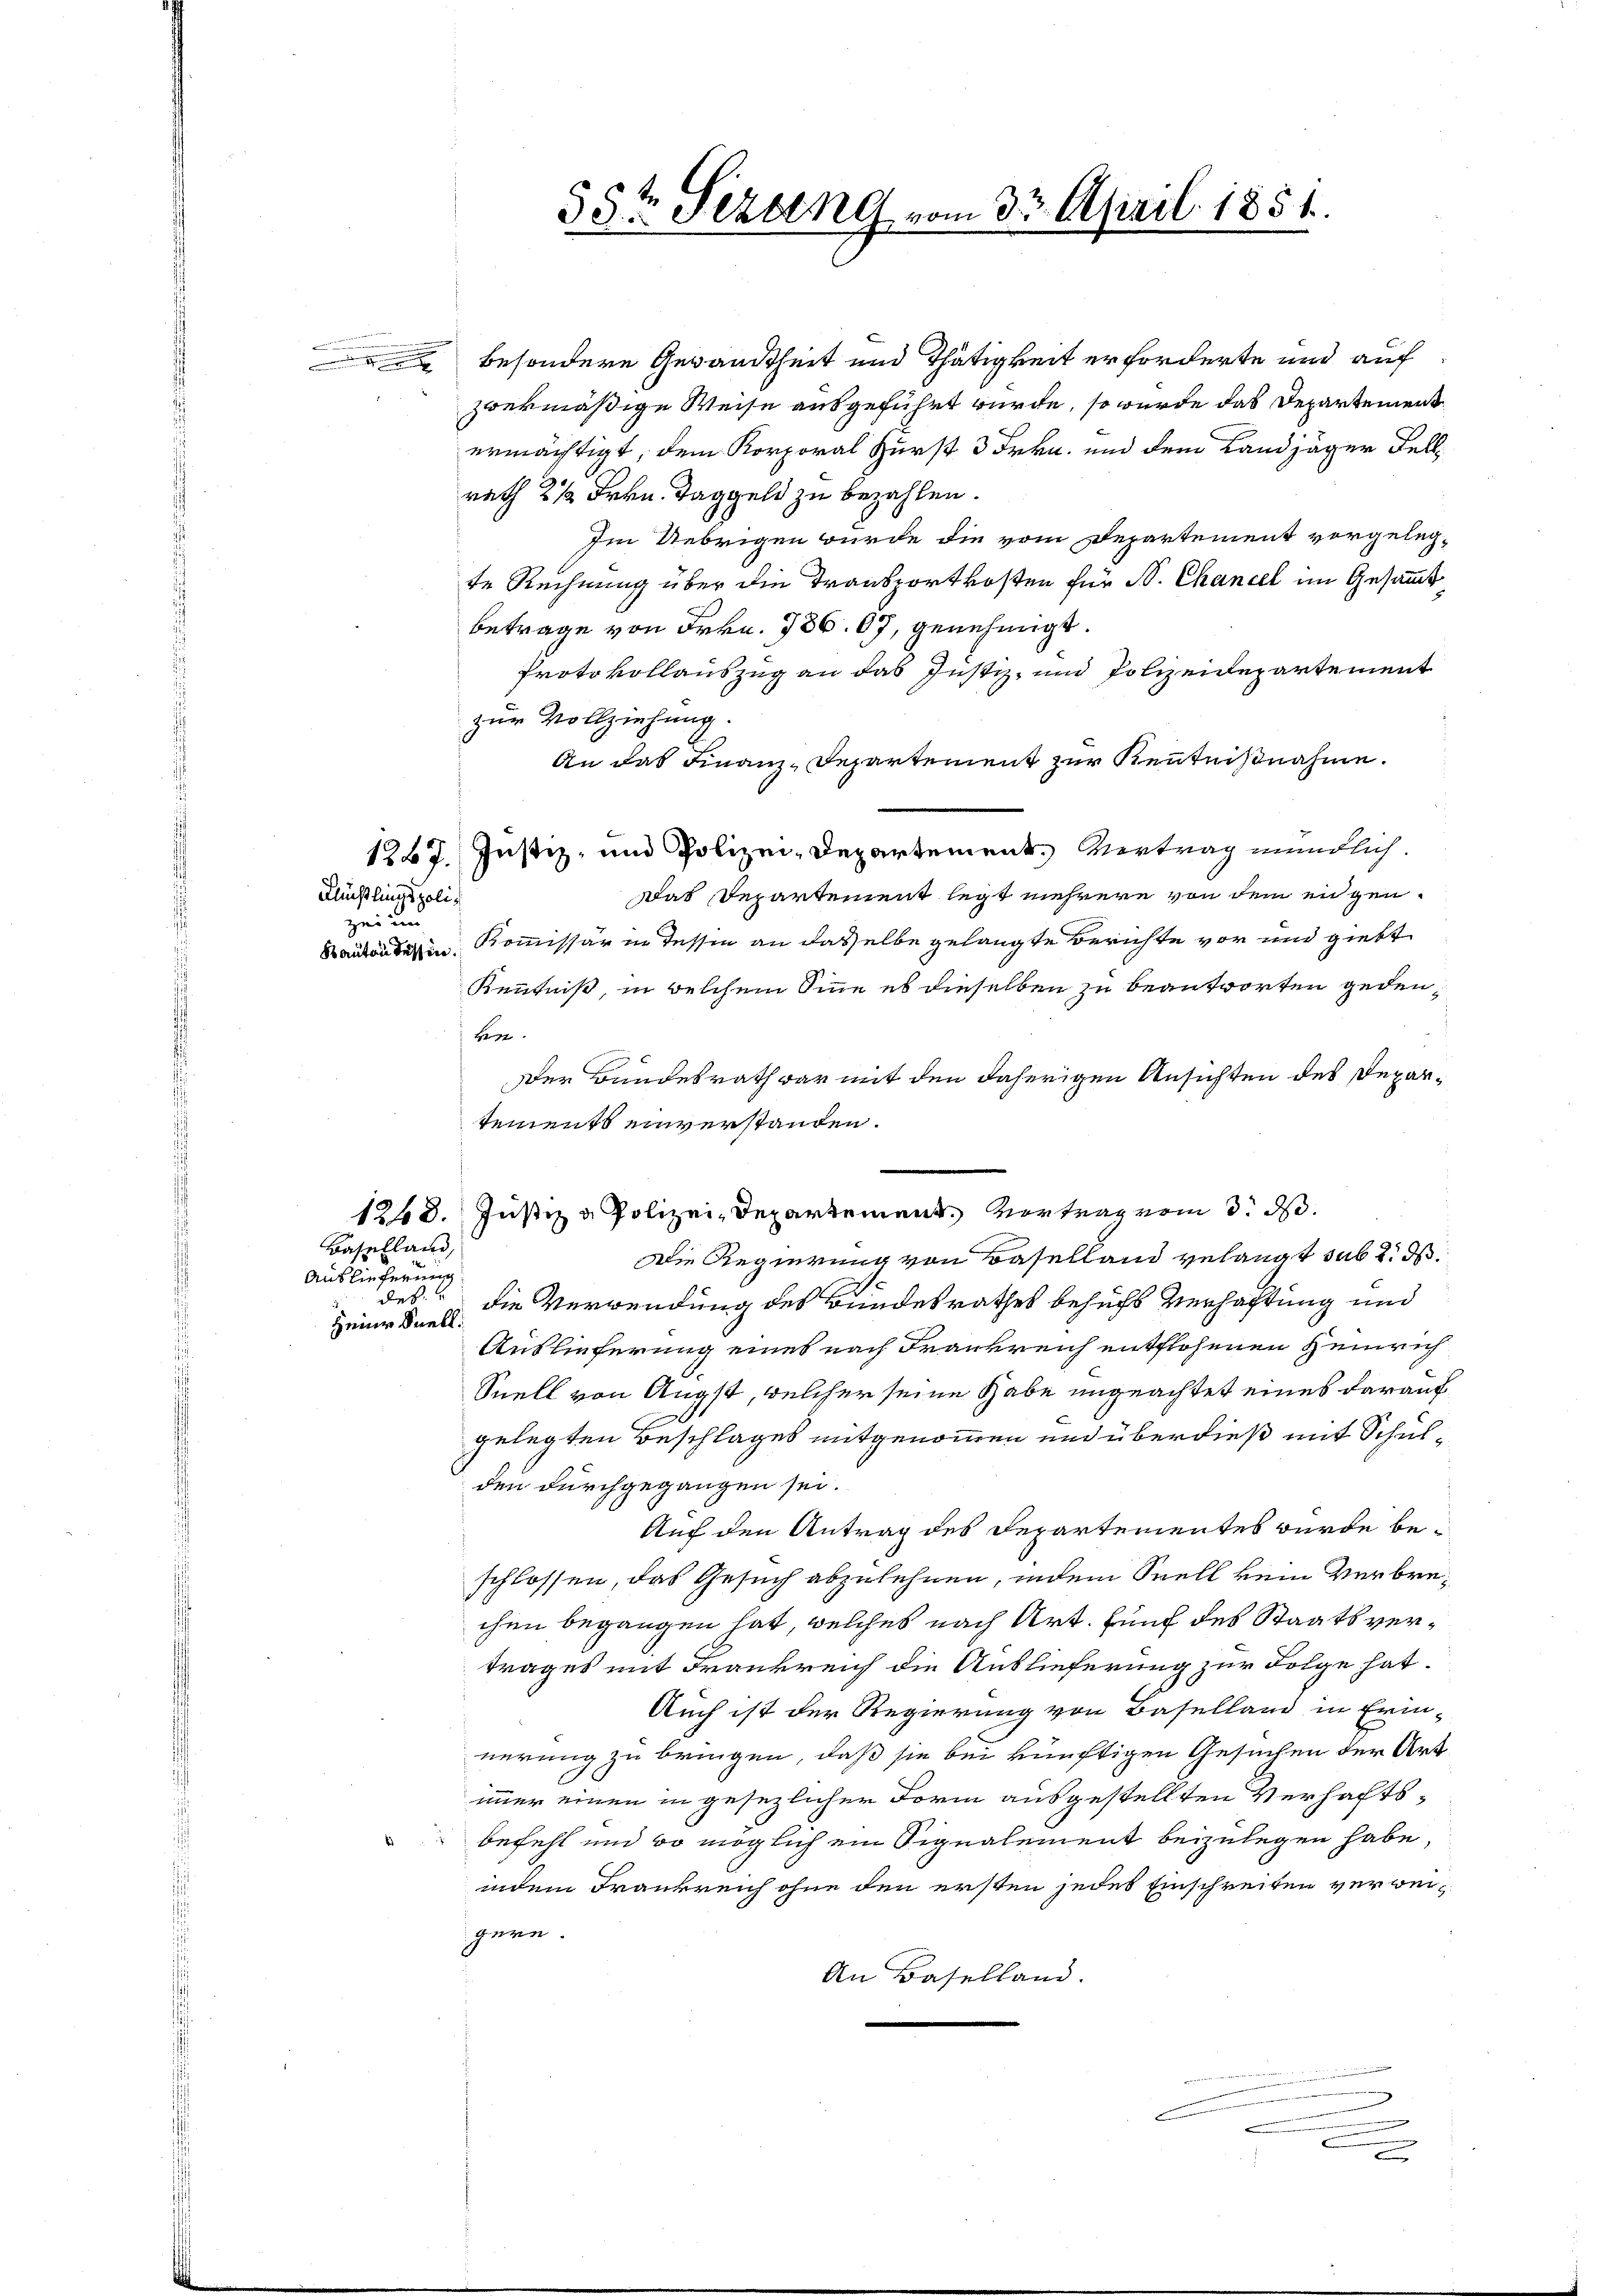
Flüchtlingspolizei un

Baselland,
Auslieferung
Heinr Duell.

besondere Gewandtheit und Thätigkeit erforderte und auf
zwekmäßige Weise ausgeführt wurde, so wurde das Departement
ermächtigt, dem Korporal Zurst 3 Frkn. und dem Landjäger Fell
rach 2 1/2 Frkn. Taggeld zu bezahlen.
Im Uebrigen wurde die vom Departement vorgelegte Rechnung über die Transportkosten für St. Chancel im Gesammt
Betrage von Frkn. 786. 67, genehmigt.
Protokollauszug an das Justiz- und Polizeidepartement
zur Vollziehung.
An das Finanz-Departement zur Kenntnißnahme.
1267. Justiz- und Polizei-Departement. Vertrag mündlich
Das Departement legt mehrere von dem eigenautanten Kommissär in Tessin an daselbe gelangte Berichte vor und giebt
Kenntniß, in welchem Sinne es dieselben zu beantworten geden¬
Herr
Der Bundesrath war mit den daherigen Ansichten des Departements einverstanden.
Die Regierung von Baselland gelangt sub 2. ds.
 des die Verwendung des Bundesrathes behufs Verhaftung und
Auslieferung eines nach Frankreich entflohenen Heinrich
Suell von Angst, welcher seine Gabe ungeachtet eines darauf
gelegten Beschlages mitgenommen und überdieß mit Schulden durchgegangen sei.
Auf den Antrag des Departementes wurde beschlossen, das Gesuch abzulehnen, indem Spell kein Verbrechen begangen hat, welches nach Art. fünf des Staatsvertrages mit Frankreich die Auslieferung zur Folge hat.
Auch ist der Regierung von Baselland in Erin-
nerung zu bringen, daß sie bei künftigen Gesuchen der Art
immer einen in gesezlicher Form ausgestellten Verhaltsbefehl und so möglich ein Signalement beizulegen habe,
indem Frankreich ohne den ersten jedes Einschreiben verweignen.
An Baselland.

55te Sezung vom 32. April 1851.

1248. Justiz & Polizei-Departement. Vortrag vom 3. d.